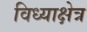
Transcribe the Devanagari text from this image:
विध्याक्षेत्र